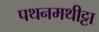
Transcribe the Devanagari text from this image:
पथनमथीट्टा